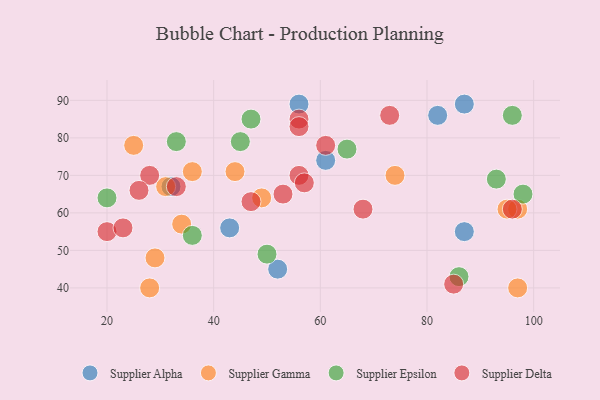
{"axis": {"x": "GDP", "y": "Life Expectancy"}, "legend": ["Supplier Alpha", "Supplier Delta", "Supplier Epsilon", "Supplier Gamma"], "data": [{"x": "52", "y": 45, "type": "Supplier Alpha"}, {"x": "82", "y": 86, "type": "Supplier Alpha"}, {"x": "32", "y": 67, "type": "Supplier Alpha"}, {"x": "61", "y": 74, "type": "Supplier Alpha"}, {"x": "56", "y": 89, "type": "Supplier Alpha"}, {"x": "87", "y": 89, "type": "Supplier Alpha"}, {"x": "87", "y": 55, "type": "Supplier Alpha"}, {"x": "43", "y": 56, "type": "Supplier Alpha"}, {"x": "97", "y": 61, "type": "Supplier Gamma"}, {"x": "74", "y": 70, "type": "Supplier Gamma"}, {"x": "49", "y": 64, "type": "Supplier Gamma"}, {"x": "34", "y": 57, "type": "Supplier Gamma"}, {"x": "28", "y": 40, "type": "Supplier Gamma"}, {"x": "97", "y": 40, "type": "Supplier Gamma"}, {"x": "36", "y": 71, "type": "Supplier Gamma"}, {"x": "25", "y": 78, "type": "Supplier Gamma"}, {"x": "29", "y": 48, "type": "Supplier Gamma"}, {"x": "95", "y": 61, "type": "Supplier Gamma"}, {"x": "31", "y": 67, "type": "Supplier Gamma"}, {"x": "44", "y": 71, "type": "Supplier Gamma"}, {"x": "86", "y": 43, "type": "Supplier Epsilon"}, {"x": "33", "y": 79, "type": "Supplier Epsilon"}, {"x": "45", "y": 79, "type": "Supplier Epsilon"}, {"x": "98", "y": 65, "type": "Supplier Epsilon"}, {"x": "96", "y": 86, "type": "Supplier Epsilon"}, {"x": "65", "y": 77, "type": "Supplier Epsilon"}, {"x": "36", "y": 54, "type": "Supplier Epsilon"}, {"x": "50", "y": 49, "type": "Supplier Epsilon"}, {"x": "20", "y": 64, "type": "Supplier Epsilon"}, {"x": "47", "y": 85, "type": "Supplier Epsilon"}, {"x": "93", "y": 69, "type": "Supplier Epsilon"}, {"x": "53", "y": 65, "type": "Supplier Delta"}, {"x": "73", "y": 86, "type": "Supplier Delta"}, {"x": "33", "y": 67, "type": "Supplier Delta"}, {"x": "20", "y": 55, "type": "Supplier Delta"}, {"x": "56", "y": 70, "type": "Supplier Delta"}, {"x": "56", "y": 85, "type": "Supplier Delta"}, {"x": "61", "y": 78, "type": "Supplier Delta"}, {"x": "23", "y": 56, "type": "Supplier Delta"}, {"x": "96", "y": 61, "type": "Supplier Delta"}, {"x": "47", "y": 63, "type": "Supplier Delta"}, {"x": "57", "y": 68, "type": "Supplier Delta"}, {"x": "85", "y": 41, "type": "Supplier Delta"}, {"x": "68", "y": 61, "type": "Supplier Delta"}, {"x": "56", "y": 83, "type": "Supplier Delta"}, {"x": "28", "y": 70, "type": "Supplier Delta"}, {"x": "26", "y": 66, "type": "Supplier Delta"}]}